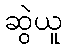
ဆွဲယူ